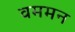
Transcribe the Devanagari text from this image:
वममन